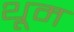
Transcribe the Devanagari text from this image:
थूम